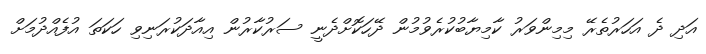
އަދި ދެ އަހަރުތެރޭ މިމިންވަރު ކާމިޔާބުކުރެވުމުން ދޭހަކޮށްދެނީ ސަރުކާރުން އިއާދަކުރަނިވި ހަކަތަ އުފެއްދުމަށް